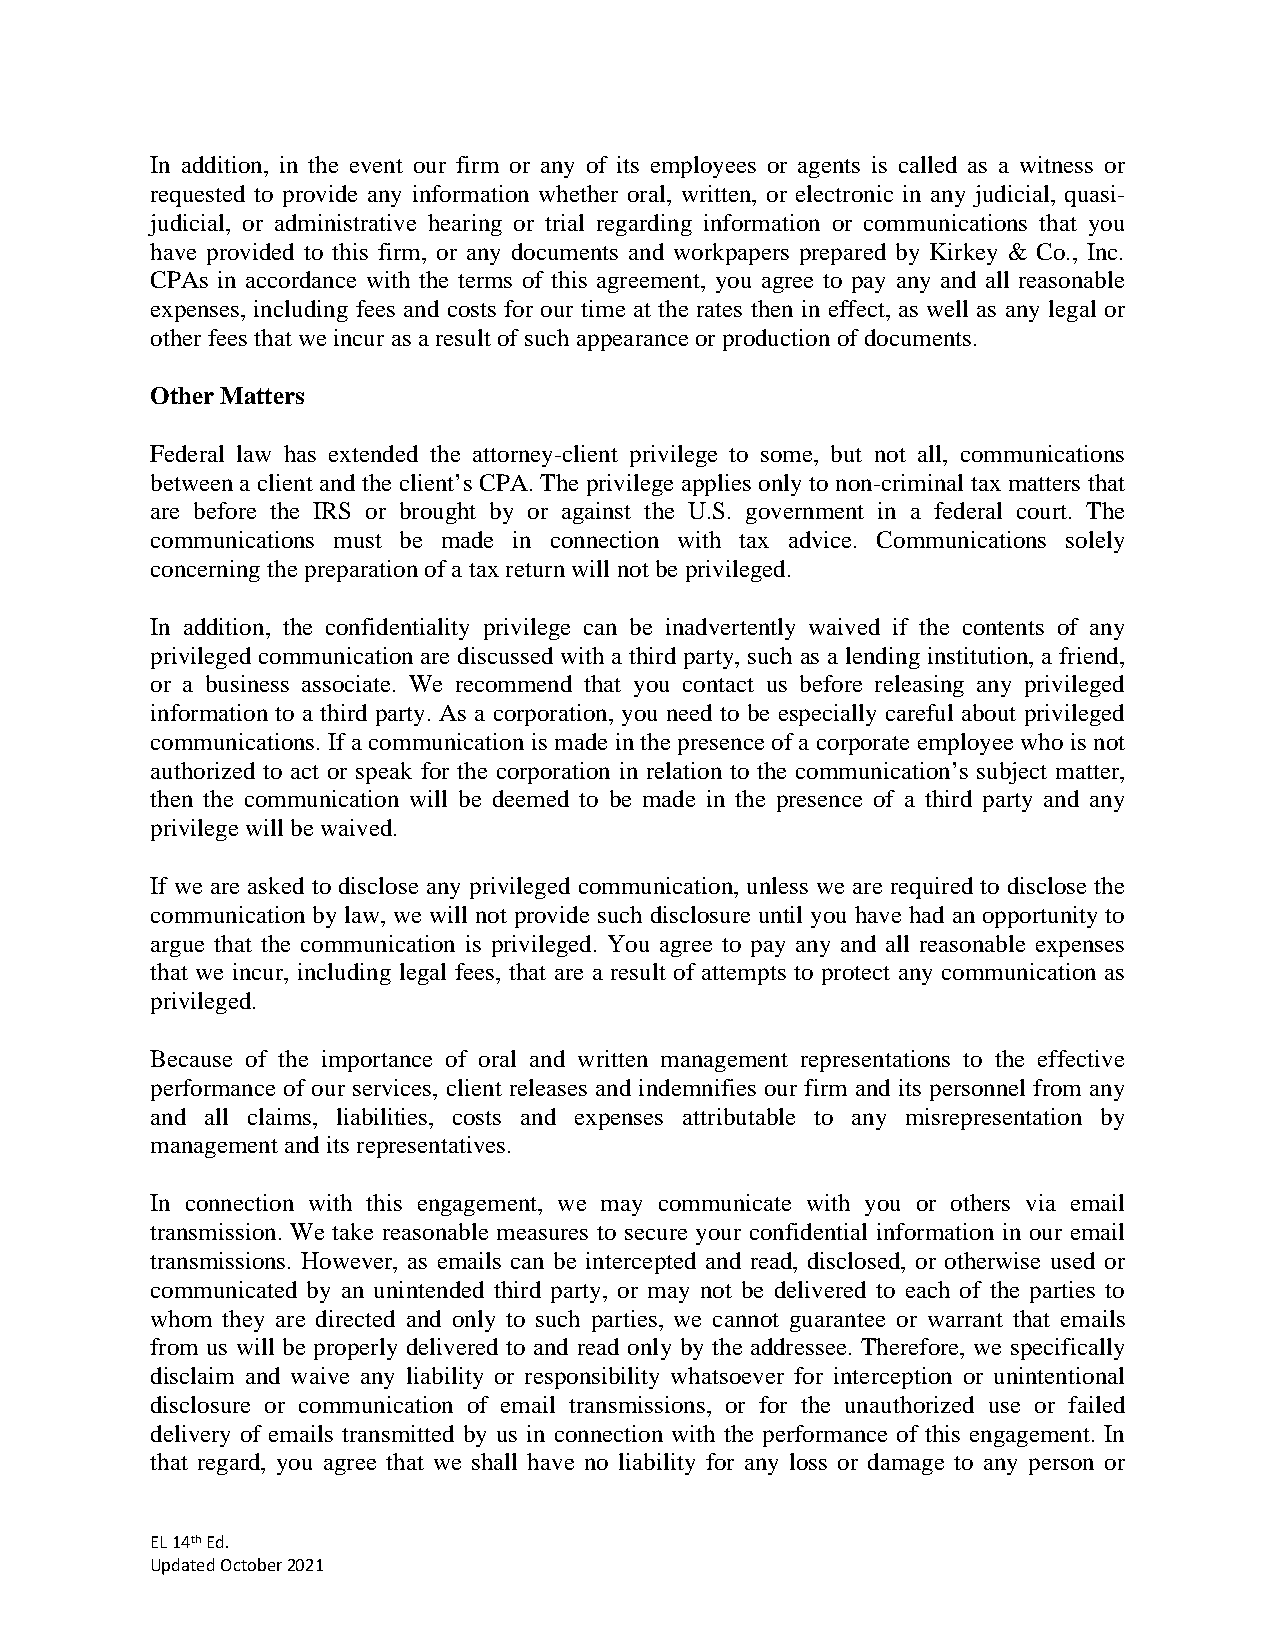
In addition, in the event our firm or any of its employees or agents is called as a witness or
 requested to provide any information whether oral, written, or electronic in any judicial, quasi-
 judicial, or administrative hearing or trial regarding information or communications that you
 have provided to this firm, or any documents and workpapers prepared by Kirkey & Co., Inc.
 CPAs in accordance with the terms of this agreement, you agree to pay any and all reasonable
 expenses, including fees and costs for our time at the rates then in effect, as well as any legal or
 other fees that we incur as a result of such appearance or production of documents.
 Other Matters
 Federal law has extended the attorney-client privilege to some, but not all, communications
 between a client and the client’s CPA. The privilege applies only to non-criminal tax matters that
 are before the IRS or brought by or against the U.S. government in a federal court. The
 communications must be made in connection with tax advice. Communications solely
 concerning the preparation of a tax return will not be privileged.
 In addition, the confidentiality privilege can be inadvertently waived if the contents of any
 privileged communication are discussed with a third party, such as a lending institution, a friend,
 or a business associate. We recommend that you contact us before releasing any privileged
 information to a third party. As a corporation, you need to be especially careful about privileged
 communications. If a communication is made in the presence of a corporate employee who is not
 authorized to act or speak for the corporation in relation to the communication’s subject matter,
 then the communication will be deemed to be made in the presence of a third party and any
 privilege will be waived.
 If we are asked to disclose any privileged communication, unless we are required to disclose the
 communication by law, we will not provide such disclosure until you have had an opportunity to
 argue that the communication is privileged. You agree to pay any and all reasonable expenses
 that we incur, including legal fees, that are a result of attempts to protect any communication as
 privileged.
 Because of the importance of oral and written management representations to the effective
 performance of our services, client releases and indemnifies our firm and its personnel from any
 and all claims, liabilities, costs and expenses attributable to any misrepresentation by
 management and its representatives.
 In connection with this engagement, we may communicate with you or others via email
 transmission. We take reasonable measures to secure your confidential information in our email
 transmissions. However, as emails can be intercepted and read, disclosed, or otherwise used or
 communicated by an unintended third party, or may not be delivered to each of the parties to
 whom they are directed and only to such parties, we cannot guarantee or warrant that emails
 from us will be properly delivered to and read only by the addressee. Therefore, we specifically
 disclaim and waive any liability or responsibility whatsoever for interception or unintentional
 disclosure or communication of email transmissions, or for the unauthorized use or failed
 delivery of emails transmitted by us in connection with the performance of this engagement. In
 that regard, you agree that we shall have no liability for any loss or damage to any person or
 EL 14th Ed.
 Updated October 2021